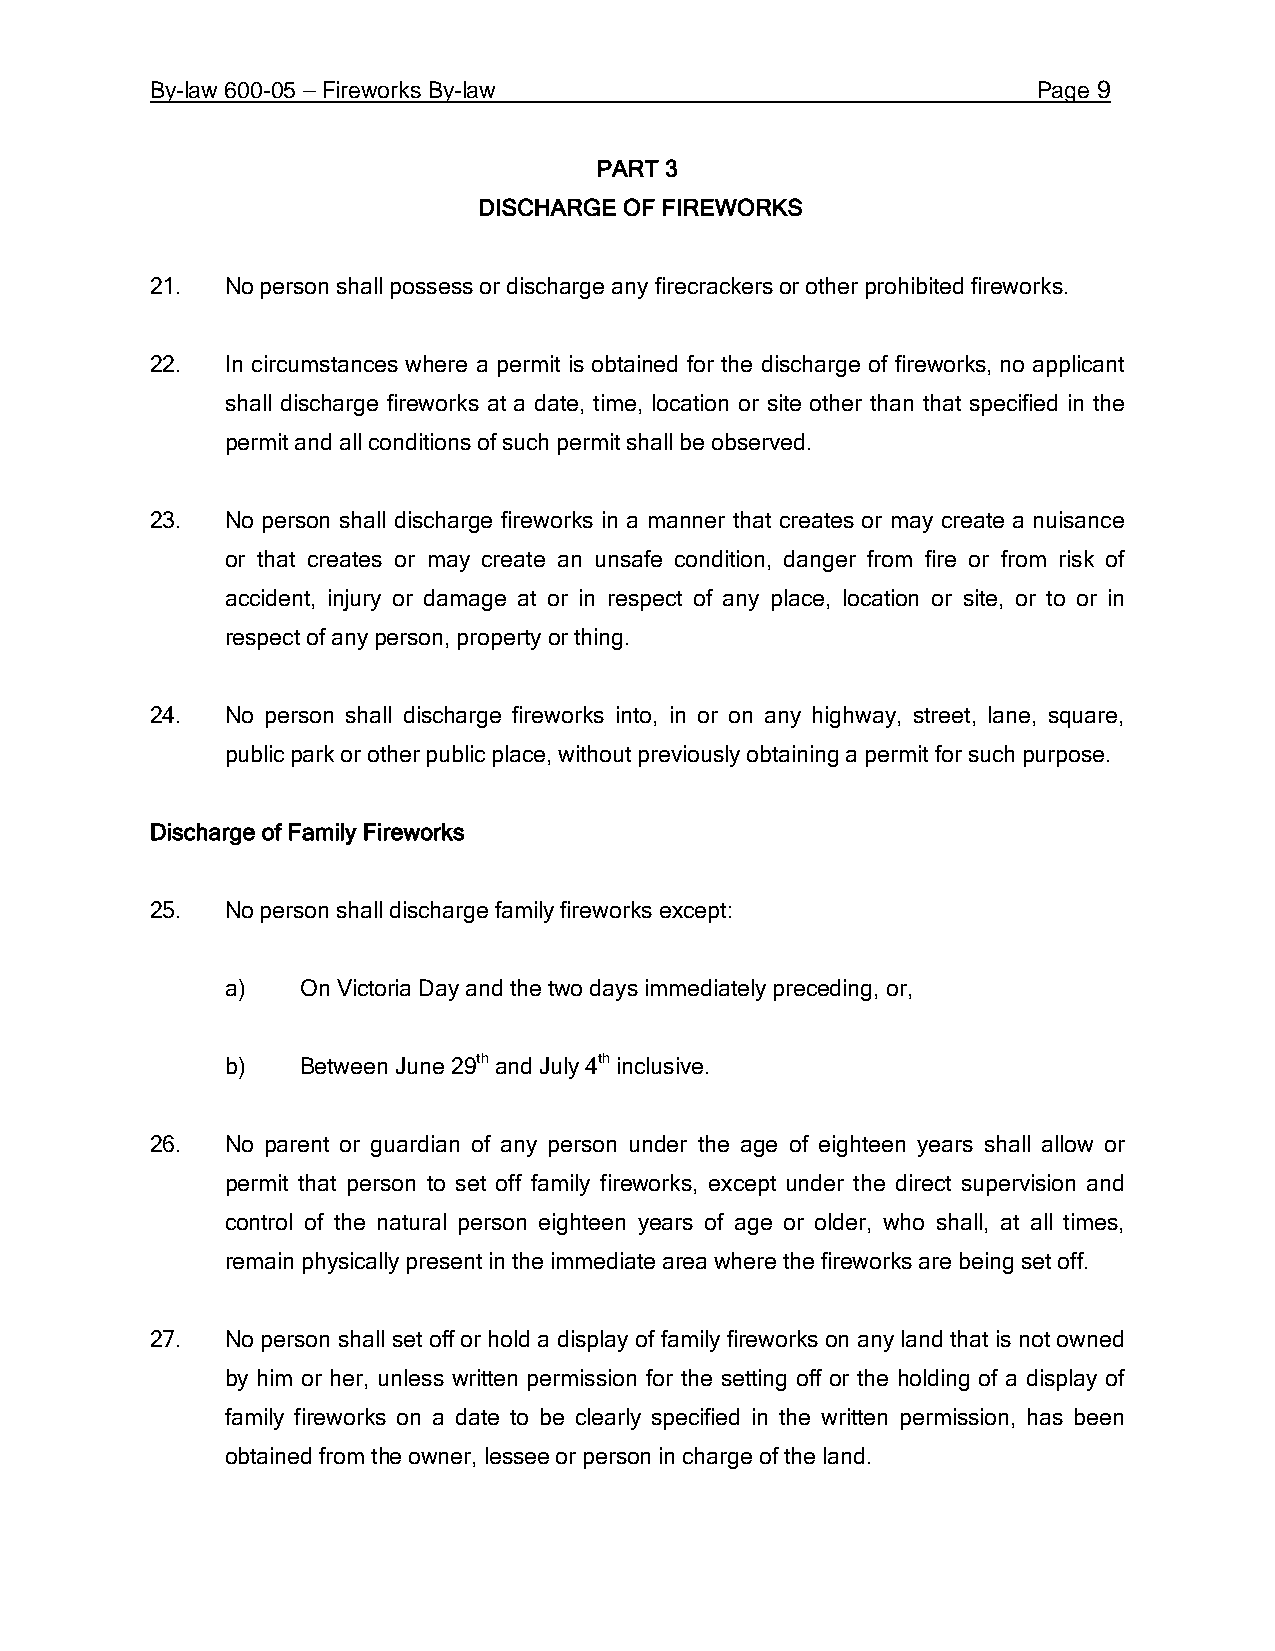
By-law 600-05 – Fireworks By-law                           Page 9
 PART 3
 DISCHARGE OF FIREWORKS
 21.  No person shall possess or discharge any firecrackers or other prohibited fireworks.
 22.  In circumstances where a permit is obtained for the discharge of fireworks, no applicant
 shall discharge fireworks at a date, time, location or site other than that specified in the
 permit and all conditions of such permit shall be observed.
 23.  No person shall discharge fireworks in a manner that creates or may create a nuisance
 or that creates or may create an unsafe condition, danger from fire or from risk of
 accident, injury or damage at or in respect of any place, location or site, or to or in
 respect of any person, property or thing.
 24.  No person shall discharge fireworks into, in or on any highway, street, lane, square,
 public park or other public place, without previously obtaining a permit for such purpose.
 Discharge of Family Fireworks
 25.  No person shall discharge family fireworks except:
 a)   On Victoria Day and the two days immediately preceding, or,
 b)   Between June 29th and July 4th inclusive.
 26.  No parent or guardian of any person under the age of eighteen years shall allow or
 permit that person to set off family fireworks, except under the direct supervision and
 control of the natural person eighteen years of age or older, who shall, at all times,
 remain physically present in the immediate area where the fireworks are being set off.
 27.  No person shall set off or hold a display of family fireworks on any land that is not owned
 by him or her, unless written permission for the setting off or the holding of a display of
 family fireworks on a date to be clearly specified in the written permission, has been
 obtained from the owner, lessee or person in charge of the land.